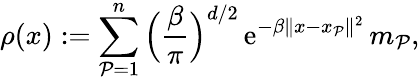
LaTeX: \rho(x):=\sum_{\mathcal{P}=1}^{n}\Big(\frac{{\beta}}{{\pi}}\Big)^{d/2}\, \mathrm{{e}}^{-\beta\| x-x_{\mathcal{P}}\| ^{2}}\, m_{\mathcal{P}},